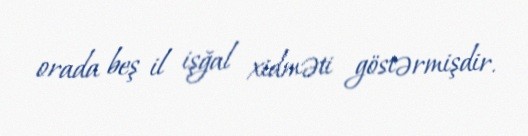
orada beş il işğal xidməti göstərmişdir.